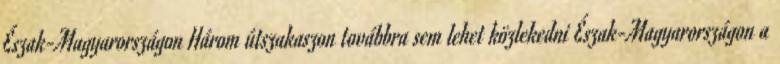
Észak-Magyarországon Három útszakaszon továbbra sem lehet közlekedni Észak-Magyarországon a